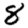
Digit: 8